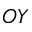
O Y